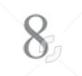
8